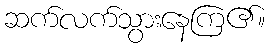
ဆက်လက်သွားနေကြ၏။